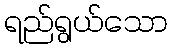
ရည်ရွယ်သော